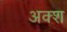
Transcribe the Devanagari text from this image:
अक्श